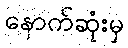
နောက်ဆုံးမှ